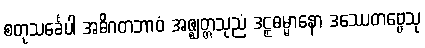
စတုသင်္ခေပါ အဓိဂတဘာဝံ အဇ္ဈတ္တသုညံ ဒဠှဓမ္မာနော ဒဿေတဗ္ဗေသု